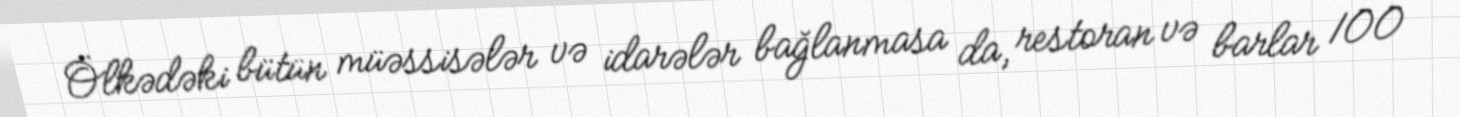
Ölkədəki bütün müəssisələr və idarələr bağlanmasa da, restoran və barlar 100